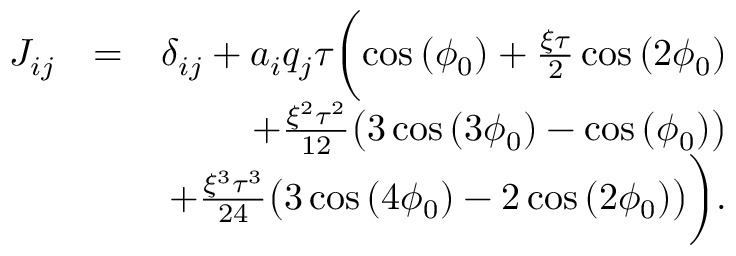
\begin{array} { r l r } { J _ { i j } } & { = } & { \delta _ { i j } + a _ { i } q _ { j } \tau \biggl ( \cos { ( \phi _ { 0 } ) } + \frac { \xi \tau } { 2 } \cos { ( 2 \phi _ { 0 } ) } } \\ & { } & { + \frac { \xi ^ { 2 } \tau ^ { 2 } } { 1 2 } \bigl ( 3 \cos { ( 3 \phi _ { 0 } ) } - \cos { ( \phi _ { 0 } ) } \bigl ) } \\ & { } & { + \frac { \xi ^ { 3 } \tau ^ { 3 } } { 2 4 } \bigl ( 3 \cos { ( 4 \phi _ { 0 } ) } - 2 \cos { ( 2 \phi _ { 0 } ) } \bigl ) \biggl ) . } \end{array}